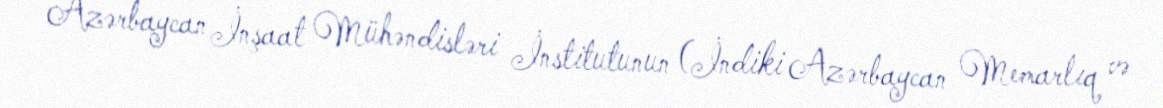
Azərbaycan İnşaat Mühəndisləri İnstitutunun (İndiki Azərbaycan Memarlıq və